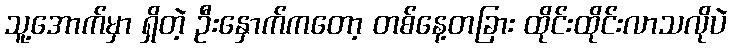
သူ့အောက်မှာ ရှိတဲ့ ဦးနှောက်ကတော့ တစ်နေ့တခြား ထိုင်းထိုင်းလာသလိုပဲ